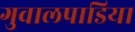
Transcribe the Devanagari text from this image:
गुवालपाडिया